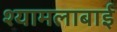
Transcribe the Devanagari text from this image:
श्यामलाबाई